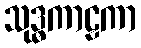
သုဒ္ဓကာဠကာ